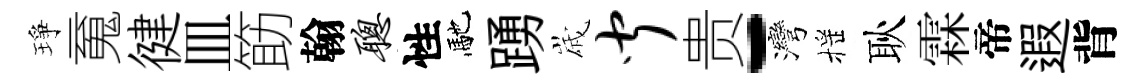
琤䰟徤皿筯翰聪性馳踴𡻕闻贵-灣摇耿霖帝遐背